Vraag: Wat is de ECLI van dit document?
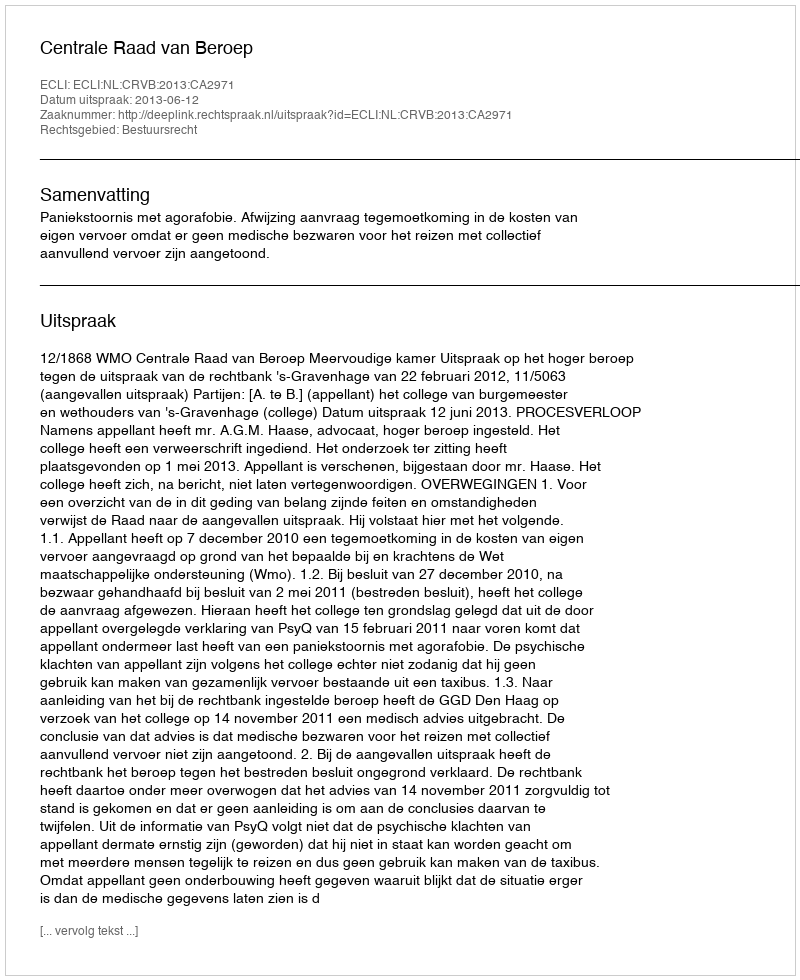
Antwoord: ECLI:NL:CRVB:2013:CA2971